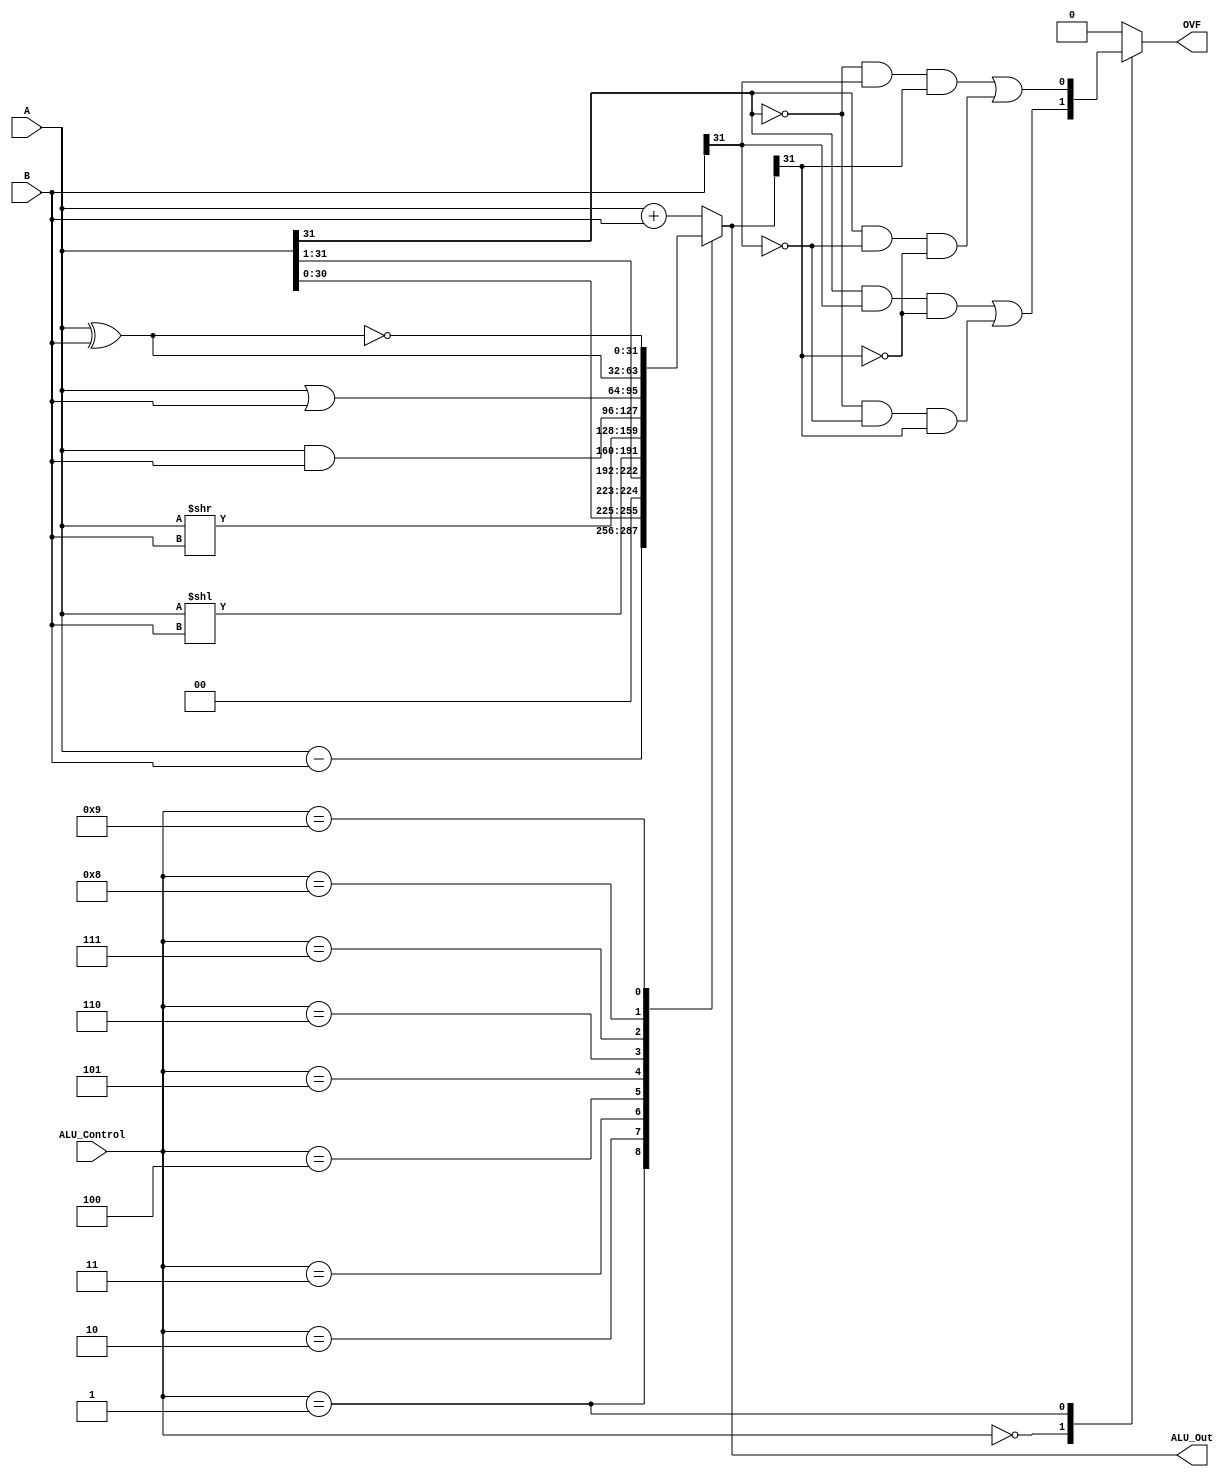
`timescale 1ns / 1ps

module alu # ( parameter WL = 32 )
(
    input signed [WL - 1 : 0] A,B,
    input signed [3 : 0] ALU_Control,
    output reg signed [WL - 1 : 0] ALU_Out,
    output reg OVF
);
    
    always @(*)
    begin
        case(ALU_Control)
        4'b0000: // Addition
           ALU_Out = A + B;
        4'b0001: // Subtraction
           ALU_Out = A - B;
        4'b0010: // Logical shift-left
           ALU_Out = A << 1;
        4'b0011: // Logical shift-right
           ALU_Out = A >> 1;
        4'b0100: // Logical variable shift-left
           ALU_Out = A << B;
        4'b0101: // Logical variabel shift-right
           ALU_Out = A >> B;
        4'b0110: //  Bitwise and
           ALU_Out = A & B;
        4'b0111: //  Bitwise or
           ALU_Out = A | B;
        4'b1000: //  Bitwise xor
           ALU_Out = A ^ B;
        4'b1001: // Logical xnor
           ALU_Out = ~(A ^ B);
          default: ALU_Out = A + B;
        endcase
    end
    
    always @ (*)
    case (ALU_Control)
        4'b0000: OVF <= ( A[WL - 1] & B[WL - 1] & ~ALU_Out[WL - 1] ) | ( ~A[WL - 1] & ~B[WL - 1] & ALU_Out[WL - 1] );
        4'b0001: OVF <= ( ~A[WL - 1] & B[WL - 1] & ALU_Out[WL - 1] ) | ( A[WL - 1] & ~B[WL - 1] & ~ALU_Out[WL - 1] );
        default: OVF <= 1'b0;
    endcase
endmodule